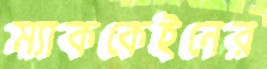
ম্যাককেইনের